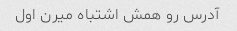
آدرس رو همش اشتباه میرن اول